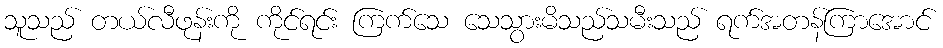
သူသည် တယ်လီဖုန်းကို ကိုင်ရင်း ကြက်သေ သေသွားမိသည်သမီးသည် ရက်အတန်ကြာအောင်